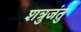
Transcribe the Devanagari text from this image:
शत्रुजंतु